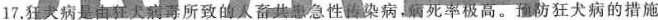
17.天病是由狂灭病毒所致的畜共都急性染病，病死率极高。预防狂犬病的措施